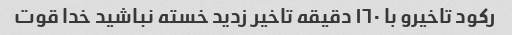
رکود تاخیرو با ١٦٠ دقیقه تاخیر زدید خسته نباشید خدا قوت